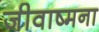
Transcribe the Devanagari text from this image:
जीवाष्मना